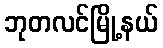
ဘုတလင်မြို့နယ်